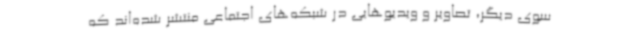
سوی دیگر، تصاویر و ویدیوهایی در شبکه‌های اجتماعی منتشر شده‌اند که